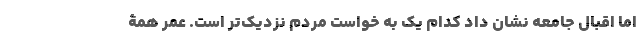
اما اقبال جامعه نشان داد کدام یک به خواست مردم نزدیک‌تر است. عمر همۀ